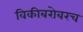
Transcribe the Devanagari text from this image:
विकीबरोबरच